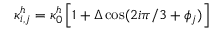
\kappa _ { i , j } ^ { h } = \kappa _ { 0 } ^ { h } \left[ 1 + \Delta \cos ( 2 i \pi / 3 + \phi _ { j } ) \right]